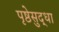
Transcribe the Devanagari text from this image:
पृष्ठेसुद्धा